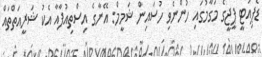
ޑެޕިއުޓީ ޕީޖީގެ މަގާމުގައި ހުންނެވި ހުސައިން ޝަމީމް: އޭނާގެ އިސްތިއުފާއާ އެކު ޝަރީއަތްތައް